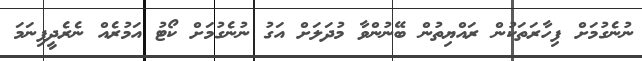
ނުނެގުމަށް ފިހާރަތަކުން ރައްޔިތުން ބޭނުންވާ މުދަލަށް އަގު ނުނެގުމަށް ކޯޓު އަމުރެއް ނެރެދީފިނަމަ